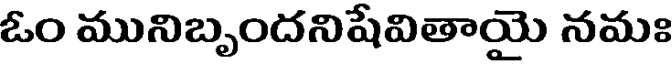
ఓం మునిబృందనిషేవితాయై నమః